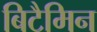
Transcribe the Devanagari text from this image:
बिटैमिन